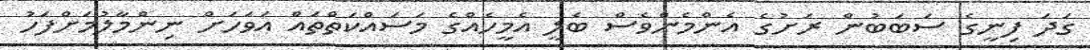
ގަދަ ފިނީގެ ސަބަބުން ރަށުގެ އެންމެންވެސް ބެލީ އެމީހެއްގެ މަސައްކަތްތައް އަވަހަށް ނިންމާލުމަށްފަހު